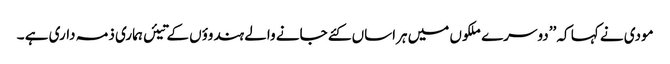
مودی نے کہا کہ ’’دوسرے ملکوں میں ہراساں کئے جانے والے ہندوؤں کے تیئں ہماری ذمہ داری ہے ۔